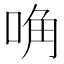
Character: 唃